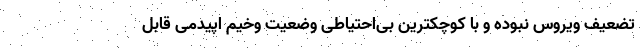
تضعیف ویروس نبوده و با کوچکترین بی‌احتیاطی وضعیت وخیم اپیدمی قابل